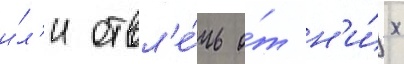
и́л'и отвл'е́чь о́т н'и́х